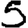
Digit: 5